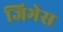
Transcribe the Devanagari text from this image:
जिभेस